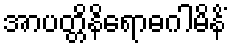
အာပတ္တိနိရောဓဂါမိနိံ